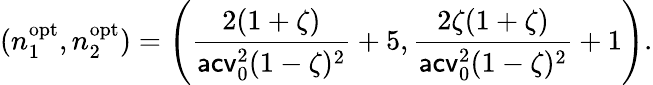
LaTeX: (n_{1}^{\mathrm{opt}},n_{2}^{\mathrm{opt}})=\left(\frac{2(1+\zeta)}{\mathsf{acv}_{0}^{2}(1-\zeta)^{2}}+5,\frac{2\zeta(1+\zeta)}{\mathsf{acv}_{0}^{2}(1-\zeta)^{2}}+1\right).